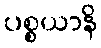
ပစ္စယာနိ